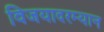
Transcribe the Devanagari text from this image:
विजयादरम्यान